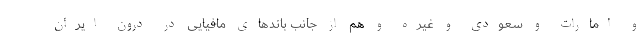
و امارات و سعودی و غیره و هم از جانب باندهای مافیایی در درون ایران